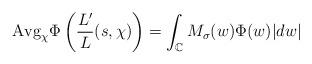
LaTeX: \begin{align*}{\rm Avg}_{\chi}\Phi\left(\frac{L'}{L}(s,\chi)\right)=\int_{\mathbb{C}}M_{\sigma}(w)\Phi(w)|dw|\end{align*}